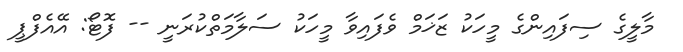
މާލީގެ ސިފައިންގެ މީހަކު ޒަޚަމް ވެފައިވާ މީހަކު ސަލާމަތްކުރަނީ -- ފޮޓޯ: އޭއެފްޕީ